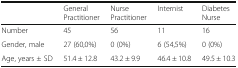
<table><thead><tr><td></td><td><b>General Practitioner</b></td><td><b>Nurse Practitioner</b></td><td><b>Internist</b></td><td><b>Diabetes Nurse</b></td></tr></thead><tbody><tr><td>Number</td><td>45</td><td>56</td><td>11</td><td>16</td></tr><tr><td>Gender, male</td><td>27 (60,0%)</td><td>0 (0%)</td><td>6 (54,5%)</td><td>0 (0%)</td></tr><tr><td>Age, years ± SD</td><td>51.4 ± 12.8</td><td>43.2 ± 9.9</td><td>46.4 ± 10.8</td><td>49.5 ± 10.3</td></tr></tbody></table>